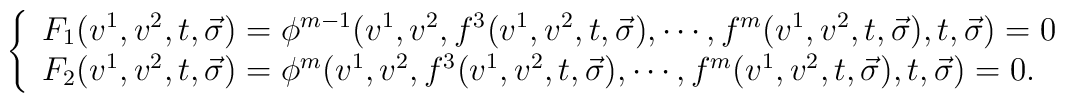
\left\{ \begin{array}{l}F_1(v^1,v^2,t, \vec \sigma )=\phi ^{m-1}(v^1,v^2,f^3(v^1,v^2,t,\vec \sigma ),\cdots,f^m(v^1,v^2,t,\vec \sigma ),t,\vec \sigma )=0 \\ F_2(v^1,v^2,t,\vec \sigma)=\phi ^m(v^1,v^2,f^3(v^1,v^2,t,\vec \sigma ),\cdots ,f^m(v^1,v^2,t,\vec \sigma ),t,\vec \sigma )=0. \end{array}\right.